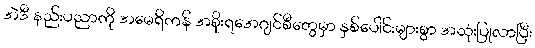
အဲဒီ နည်းပညာကို အမေရိကန် အစိုးရအေဂျင်စီတွေမှာ နှစ်ပေါင်းများစွာ အသုံးပြုလာပြီး